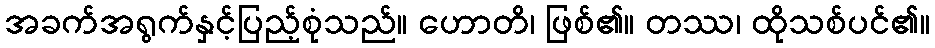
အခက်အရွက်နှင့်ပြည့်စုံသည်။ ဟောတိ၊ ဖြစ်၏။ တဿ၊ ထိုသစ်ပင်၏။